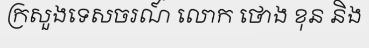
ក្រសួងទេសចរណ៍ លោក ថោង ខុន និង